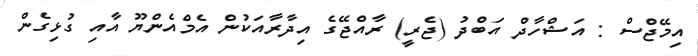
އިމޭޖްސް : އަޝްހާދް އަބްދު (ޖެރީ) ރާއްޖޭގެ އިދާރާއަކުން އެމްއެންޔޫ އާއި ގުޅިގެން